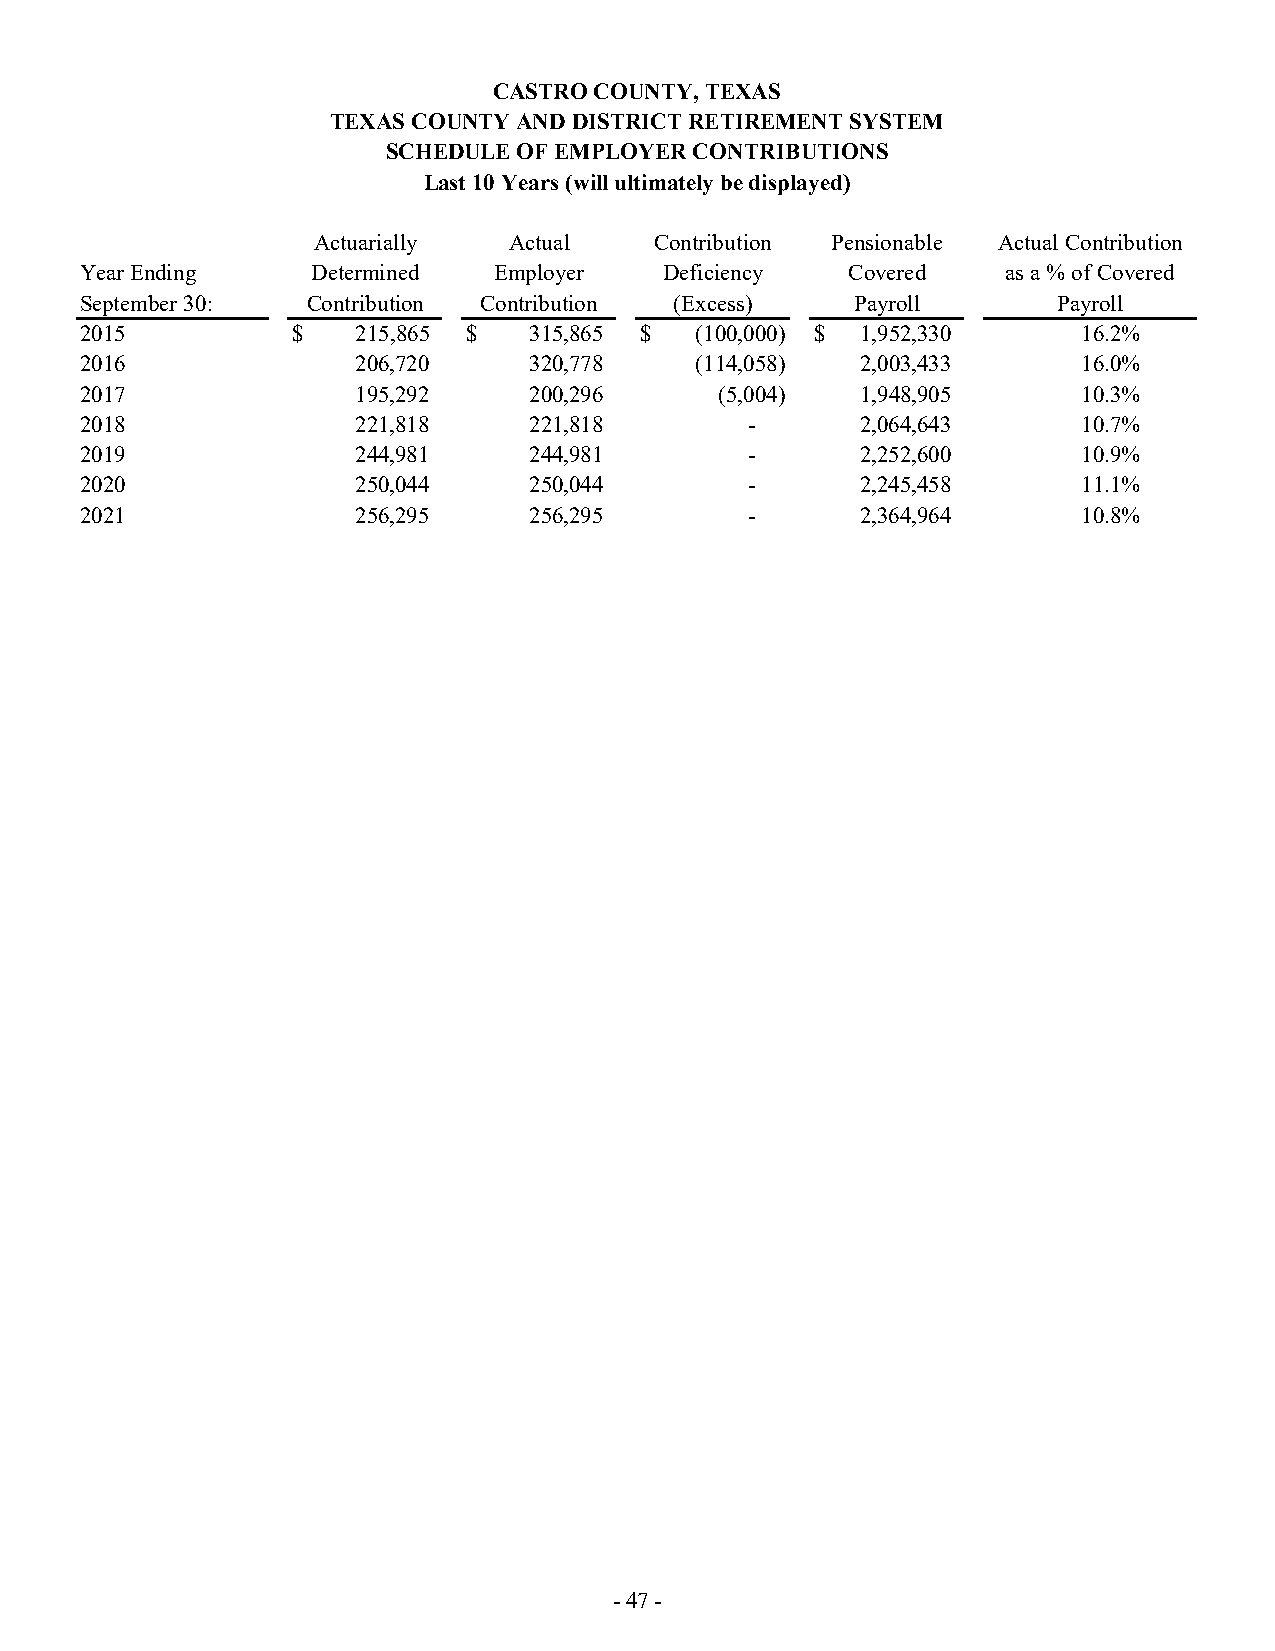
CASTRO COUNTY, TEXAS
 TEXAS COUNTY AND DISTRICT RETIREMENT SYSTEM
 SCHEDULE OF EMPLOYER CONTRIBUTIONS
 Last 10 Years (will ultimately be displayed)
 Actuarially  Actual   Contribution Pensionable Actual Contribution
 Year Ending     Determined  Employer   Deficiency  Covered    as a % of Covered
 September 30:  Contribution Contribution (Excess)   Payroll      Payroll
 2015          $    215,865 $  315,865 $  (100,000) $ 1,952,330     16.2%
 2016               206,720    320,778    (114,058)  2,003,433      16.0%
 2017               195,292    200,296      ( 5,004) 1,948,905      10.3%
 2018               221,818    221,818       -       2,064,643      10.7%
 2019               244,981    244,981       -       2,252,600      10.9%
 2020               250,044    250,044       -       2,245,458      11.1%
 2021               256,295    256,295       -       2,364,964      10.8%
 - 47 -